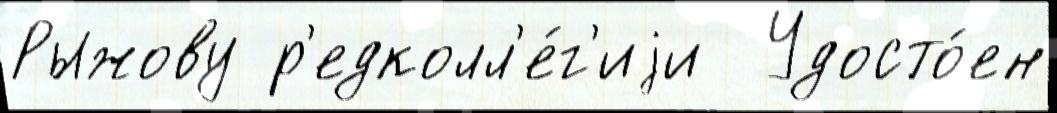
Рыжову р'едколл'е́г'иjи  Удосто́ен